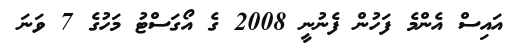
އައިސް އެންމެ ފަހުން ފެނުނީ 2008 ގެ އޯގަސްޓު މަހުގެ 7 ވަނަ